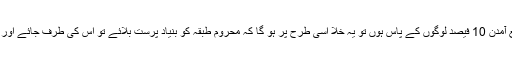
جس معاشرے کے 80 فیصد ذرائع آمدن 10 فیصد لوگوں کے پاس ہوں تو یہ خلا اسی طرح پر ہو گا کہ محروم طبقہ کو بنیاد پرست بلائے تو اس کی طرف جائے اور شدت پسند بلائے تو اس کی طرف۔